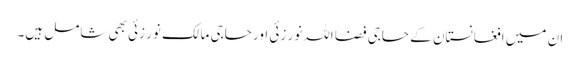
ان میں افغانستان کے حاجی فضا اللہ نور زئی اور حاجی مالک نور زئی بھی شامل ہیں۔